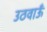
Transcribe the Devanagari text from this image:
उठवाऊँ